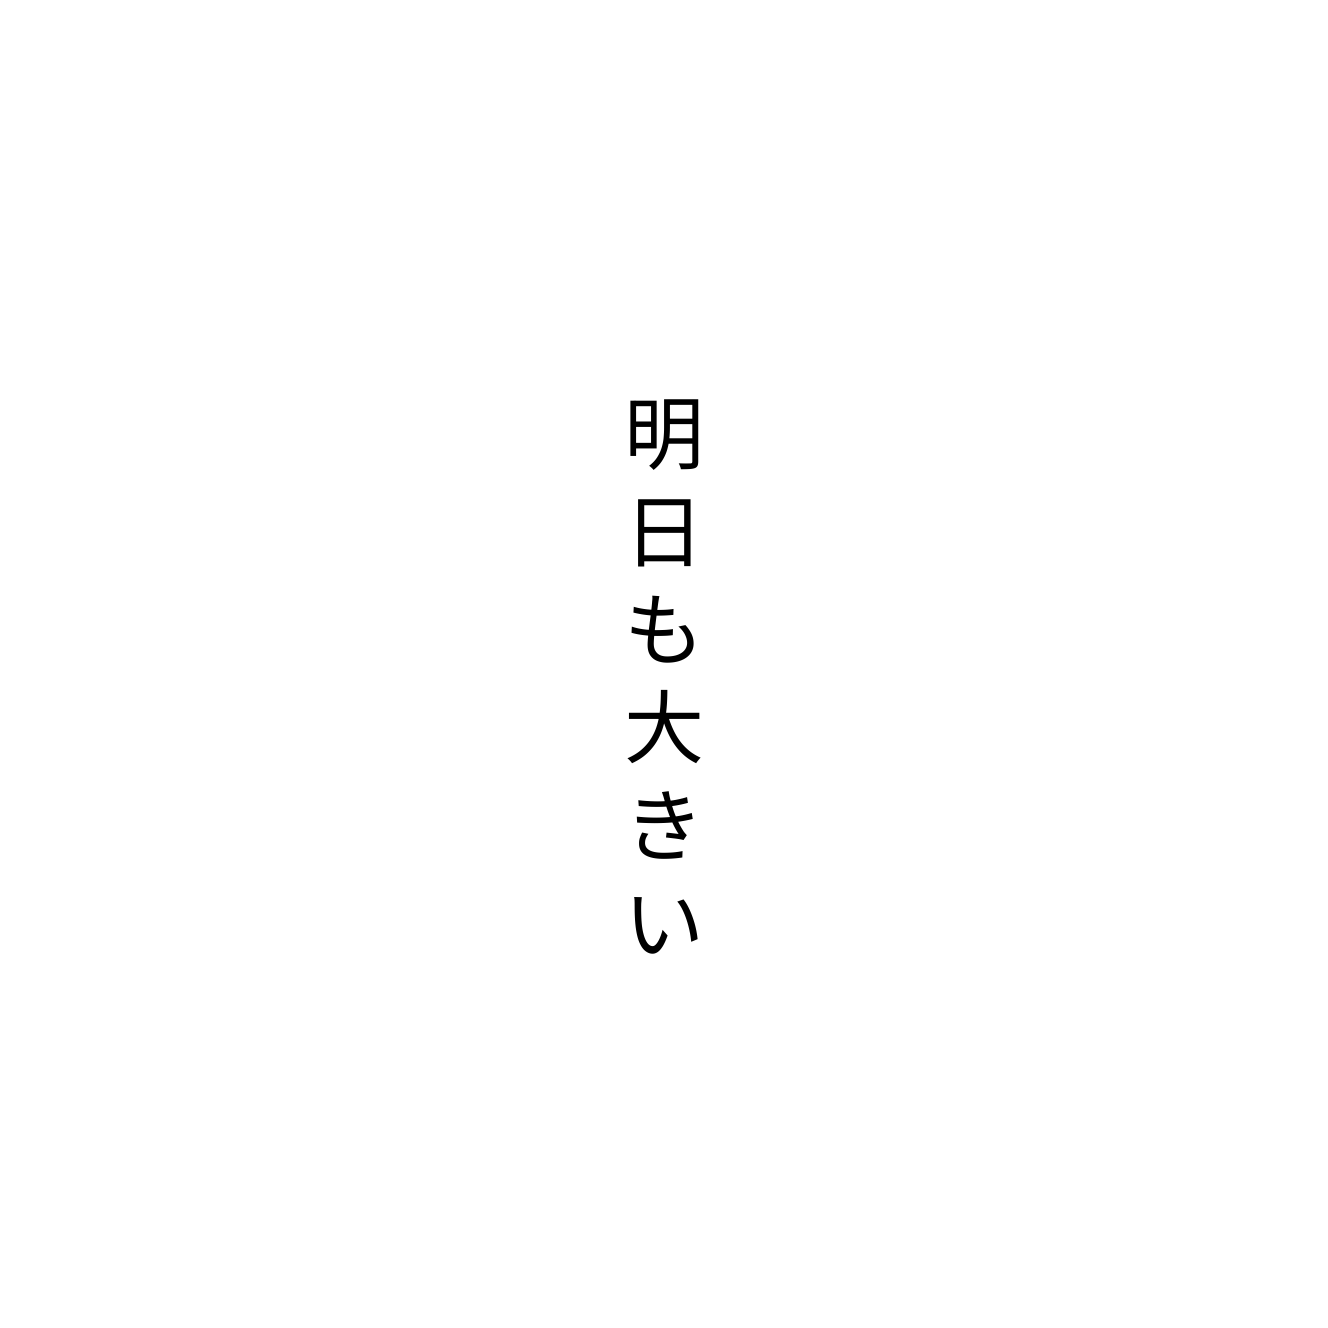
明日も大きい